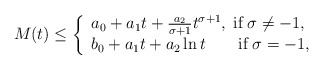
\begin{align*}M(t)\leq\left\{ \begin{array}{lr} a_0+a_1t+\frac{a_2}{\sigma+1} t^{\sigma+1},\; \mbox{if}\; \sigma\ne -1,\\ b_0+ a_1 t+a_2 \ln t\quad\quad\mbox{if}\; \sigma=-1, \end{array} \right.\end{align*}